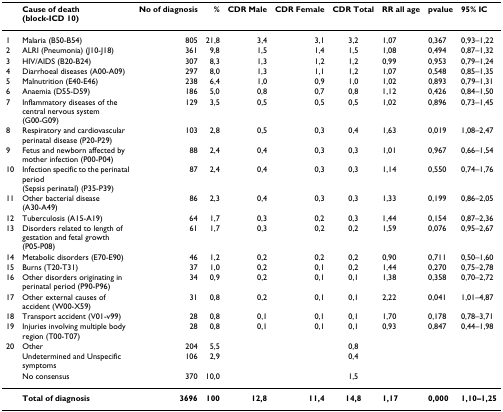
<table><thead><tr><td></td><td><b>Cause of death (block-ICD 10)</b></td><td><b>No of diagnosis</b></td><td><b>%</b></td><td><b>CDR Male</b></td><td><b>CDR Female</b></td><td><b>CDR Total</b></td><td><b>RR all age</b></td><td><b>pvalue</b></td><td><b>95% IC</b></td></tr></thead><tbody><tr><td>1</td><td>Malaria (B50-B54)</td><td>805</td><td>21,8</td><td>3,4</td><td>3,1</td><td>3,2</td><td>1,07</td><td>0,367</td><td>0,93–1,22</td></tr><tr><td>2</td><td>ALRI (Pneumonia) (J10-J18)</td><td>361</td><td>9,8</td><td>1,5</td><td>1,4</td><td>1,5</td><td>1,08</td><td>0,494</td><td>0,87–1,32</td></tr><tr><td>3</td><td>HIV/AIDS (B20-B24)</td><td>307</td><td>8,3</td><td>1,3</td><td>1,2</td><td>1,2</td><td>0,99</td><td>0,953</td><td>0,79–1,24</td></tr><tr><td>4</td><td>Diarrhoeal diseases (A00-A09)</td><td>297</td><td>8,0</td><td>1,3</td><td>1,1</td><td>1,2</td><td>1,07</td><td>0,548</td><td>0,85–1,35</td></tr><tr><td>5</td><td>Malnutrition (E40-E46)</td><td>238</td><td>6,4</td><td>1,0</td><td>0,9</td><td>1,0</td><td>1,02</td><td>0,893</td><td>0,79–1,31</td></tr><tr><td>6</td><td>Anaemia (D55-D59)</td><td>186</td><td>5,0</td><td>0,8</td><td>0,7</td><td>0,8</td><td>1,12</td><td>0,426</td><td>0,84–1,50</td></tr><tr><td>7</td><td>Inflammatory diseases of the central nervous system (G00-G09)</td><td>129</td><td>3,5</td><td>0,5</td><td>0,5</td><td>0,5</td><td>1,02</td><td>0,896</td><td>0,73–1,45</td></tr><tr><td>8</td><td>Respiratory and cardiovascular perinatal disease (P20-P29)</td><td>103</td><td>2,8</td><td>0,5</td><td>0,3</td><td>0,4</td><td>1,63</td><td>0,019</td><td>1,08–2,47</td></tr><tr><td>9</td><td>Fetus and newborn affected by mother infection (P00-P04)</td><td>88</td><td>2,4</td><td>0,4</td><td>0,3</td><td>0,3</td><td>1,01</td><td>0,967</td><td>0,66–1,54</td></tr><tr><td>10</td><td>Infection specific to the perinatal period (Sepsis perinatal) (P35-P39)</td><td>87</td><td>2,4</td><td>0,4</td><td>0,3</td><td>0,3</td><td>1,14</td><td>0,550</td><td>0,74–1,76</td></tr><tr><td>11</td><td>Other bacterial disease (A30-A49)</td><td>86</td><td>2,3</td><td>0,4</td><td>0,3</td><td>0,3</td><td>1,33</td><td>0,199</td><td>0,86–2,05</td></tr><tr><td>12</td><td>Tuberculosis (A15-A19)</td><td>64</td><td>1,7</td><td>0,3</td><td>0,2</td><td>0,3</td><td>1,44</td><td>0,154</td><td>0,87–2,36</td></tr><tr><td>13</td><td>Disorders related to length of gestation and fetal growth (P05-P08)</td><td>61</td><td>1,7</td><td>0,3</td><td>0,2</td><td>0,2</td><td>1,59</td><td>0,076</td><td>0,95–2,67</td></tr><tr><td>14</td><td>Metabolic disorders (E70-E90)</td><td>46</td><td>1,2</td><td>0,2</td><td>0,2</td><td>0,2</td><td>0,90</td><td>0,711</td><td>0,50–1,60</td></tr><tr><td>15</td><td>Burns (T20-T31)</td><td>37</td><td>1,0</td><td>0,2</td><td>0,1</td><td>0,2</td><td>1,44</td><td>0,270</td><td>0,75–2,78</td></tr><tr><td>16</td><td>Other disorders originating in perinatal period (P90-P96)</td><td>34</td><td>0,9</td><td>0,2</td><td>0,1</td><td>0,1</td><td>1,38</td><td>0,358</td><td>0,70–2,72</td></tr><tr><td>17</td><td>Other external causes of accident (W00-X59)</td><td>31</td><td>0,8</td><td>0,2</td><td>0,1</td><td>0,1</td><td>2,22</td><td>0,041</td><td>1,01–4,87</td></tr><tr><td>18</td><td>Transport accident (V01-v99)</td><td>28</td><td>0,8</td><td>0,1</td><td>0,1</td><td>0,1</td><td>1,70</td><td>0,178</td><td>0,78–3,71</td></tr><tr><td>19</td><td>Injuries involving multiple body region (T00-T07)</td><td>28</td><td>0,8</td><td>0,1</td><td>0,1</td><td>0,1</td><td>0,93</td><td>0,847</td><td>0,44–1,98</td></tr><tr><td>20</td><td>Other</td><td>204</td><td>5,5</td><td></td><td></td><td>0,8</td><td></td><td></td><td></td></tr><tr><td></td><td>Undetermined and Unspecific symptoms</td><td>106</td><td>2,9</td><td></td><td></td><td>0,4</td><td></td><td></td><td></td></tr><tr><td></td><td>No consensus</td><td>370</td><td>10,0</td><td></td><td></td><td>1,5</td><td></td><td></td><td></td></tr><tr><td></td><td><b>Total of diagnosis</b></td><td><b>3696</b></td><td><b>100</b></td><td><b>12,8</b></td><td><b>11,4</b></td><td><b>14,8</b></td><td><b>1,17</b></td><td><b>0,000</b></td><td><b>1,10–1,25</b></td></tr></tbody></table>